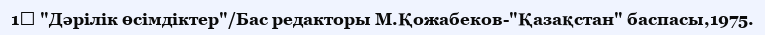
1↑ "Дәрілік өсімдіктер"/Бас редакторы М.Қожабеков-"Қазақстан" баспасы,1975.